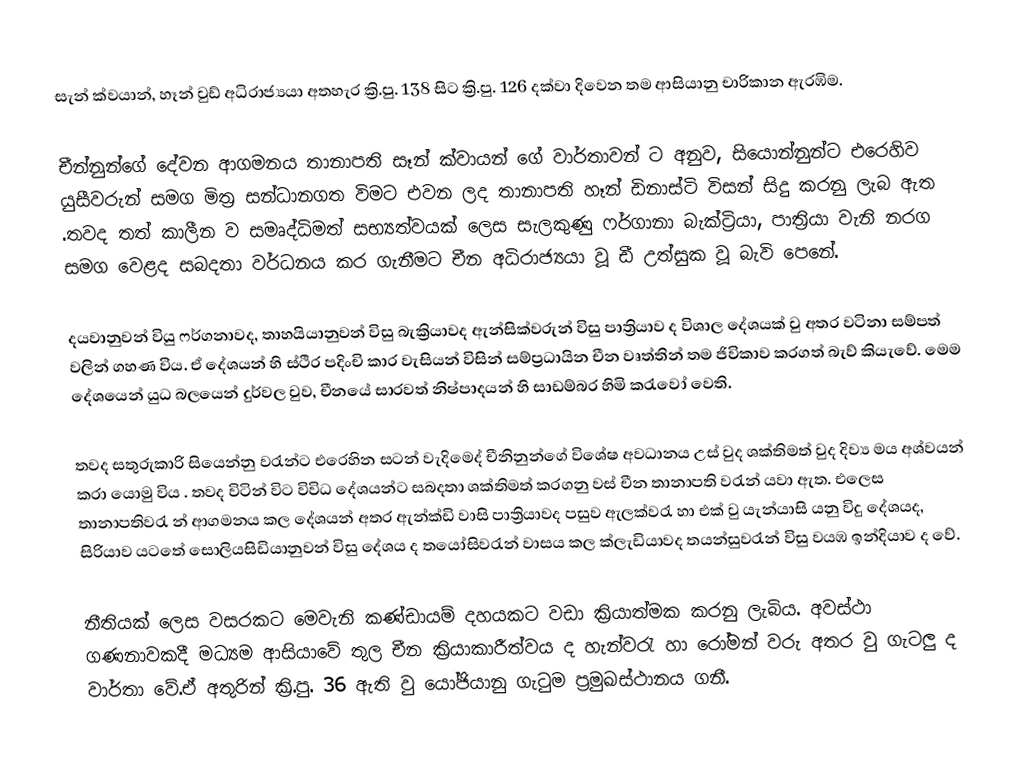
සැන් ක්වයාන්, හෑන්  වුඩ් අධිරාජ්‍යයා අතහැර ක්‍රි.පු. 138 සිට ක්‍රි.පු. 126 දක්වා දිවෙන තම ආසියානු චාරිකාන  ඇරඹිම.

චීන්නුන්ගේ දේවන ආගමනය තානාපති සෑන් ක්වායන් ගේ වාර්තාවන් ට අනුව, සියොන්නුන්ට එරෙහිව යුසීවරුන් සමග මිත්‍ර සන්ධානගත විමට එවන ලද තානාපති හෑන් ඩිනාස්ටි විසන් සිදු කරනු ලැබ ඇත .තවද තත් කාලීන ව සමෘද්ධිමත් සභ්‍යත්වයක් ලෙස සැලකුණු ෆර්ගානා බැක්ට්‍රියා, පාත්‍රියා වැනි  නරග සමග වෙළද සබදතා වර්ධනය කර ගැනීමට චීන අධිරාජ්‍යයා වූ ඩී උත්සුක වූ බැවි පෙනේ.

දයවානුවන් වියු ෆර්ගනාවද, තාහයියානුවන් විසු බැක්‍රියාවද ඇන්සික්වරුන් විසු පාත්‍රියාව ද විශාල දේශයක් වු අතර වටිනා සම්පත් වලින් ගහණ විය. ඒ දේශයන් හි ස්ථිර පදිංචි කාර වැසියන් විසින් සම්ප්‍රධායින චීන වෘත්තින් තම ජිවිකාව  කරගත් බැව් කියැවේ. මෙම දේශයෙන් යුධ බලයෙන් දුර්වල වුව, චීනයේ සාරවත් නිෂ්පාදයන් හි සාඩම්බර හිමි කරැවෝ වෙති.

තවද සතුරුකාරි සියෙන්නු වරැන්ට එරෙහින සටන් වැදිමෙද් චීනිනුන්ගේ විශේෂ අවධානය උස් වුද ශක්තිමත් වුද දිව්‍ය මය අශ්වයන් කරා යොමු විය . තවද විටින් විට විවිධ දේශයන්ට සබදතා ශක්තිමත් කරගනු වස් චීන තානාපති වරැන් යවා ඇත. එලෙස තානාපතිවරැ න් ආගමනය කල දේශයන් අතර ඇන්ක්ඩි වාසි පාත්‍රියාවද  පසුව ඇලක්වරැ හා එක් වු යැන්යාසි යනු විදු දේශයද, සිරියාව යටතේ සොලියසිඩියානුවන් විසු දේශය ද ත‍යෝසිවරැන් වාසය කල ක්ලැඩියාවද  තයන්සුවරැන් විසු වයඹ ඉන්දියාව ද වේ.

නීතියක් ලෙස වසරකට මෙවැනි කණ්ඩායම් දහයකට වඩා ක්‍රියාත්මක කරනු ලැබිය. අවස්ථා ගණනාවකදී මධ්‍යම ආසියාවේ තුල චීන ක්‍රියාකාරීත්වය ද හැන්වරැ හා රෝමන් වරු අතර වු ගැටලු ද වාර්තා වේ.ඒ අතුරින් ක්‍රි.පු. 36 ඇති වු යෝජියානු ගැටුම ප්‍රමුඛස්ථානය ගනී.